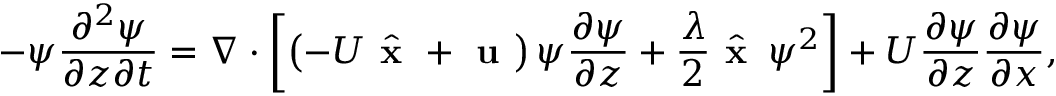
- \psi \frac { \partial ^ { 2 } \psi } { \partial z \partial t } = \nabla \cdot \left[ \left( - U \hat { \textbf { x } } + \textbf { u } \right) \psi \frac { \partial \psi } { \partial z } + \frac { \lambda } { 2 } \hat { \textbf { x } } \, \psi ^ { 2 } \right] + U \frac { \partial \psi } { \partial z } \frac { \partial \psi } { \partial x } ,